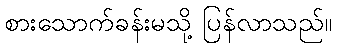
စားသောက်ခန်းမသို့ ပြန်လာသည်။